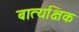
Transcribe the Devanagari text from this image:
बात्यक्षिक